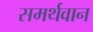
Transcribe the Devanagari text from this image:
समर्थवान